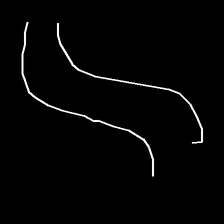
Glyph: float